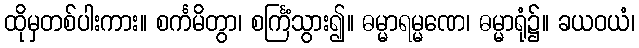
ထိုမှတစ်ပါးကား။ စင်္ကမိတွာ၊ စင်္ကြံသွား၍။ ဓမ္မာရမ္မဏေ၊ ဓမ္မာရုံ၌။ ခယဝယံ၊